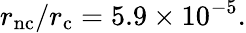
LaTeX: r_{\mathrm{nc}}/r_{\mathrm{c}}=5.9\times 10^{-5}.